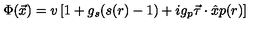
\Phi ( \vec { x } ) = v \left[ 1 + g _ { s } ( s ( r ) - 1 ) + i g _ { p } \vec { \tau } \cdot \hat { x } p ( r ) \right]